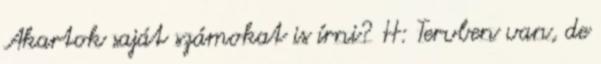
Akartok saját számokat is írni? H: Tervben van, de